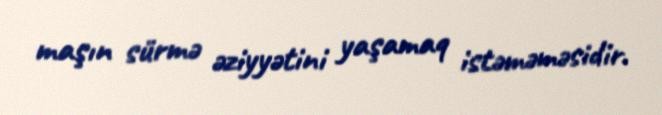
maşın sürmə əziyyətini yaşamaq istəməməsidir.